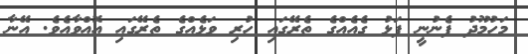
މަހުމޫދު ފެނުނީ ފަޅު ގެއެއްގެ ތެރޭގައި ހުރި ވަޅެއްގެ ތެރޭގައި އޮއްވާއެވެ. އޭނާ